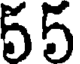
55